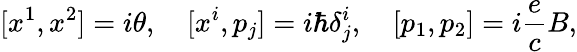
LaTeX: [x^{1},x^{2}]=i\theta,\quad[x^{i},p_{j}]=i\hbar\delta_{j}^{i},\quad[p_{1},p_{2}]=i\frac{e}{c}B,